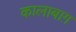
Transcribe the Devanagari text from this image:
कालाबाग़